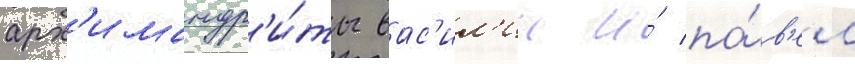
арх'имандр'и́ты вас'ил'ии и́ па́в'ел